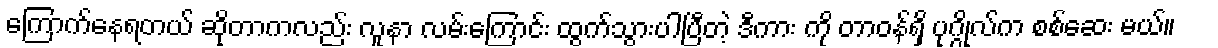
ကြောက်နေရတယ် ဆိုတာကလည်း လူနာ လမ်းကြောင်း ထွက်သွားပါပြီတဲ့ ဒီကား ကို တာဝန်ရှိ ပုဂ္ဂိုလ်က စစ်ဆေး မယ်။